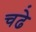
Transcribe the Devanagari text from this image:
चढे़